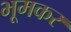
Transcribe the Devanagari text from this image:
भूमकर